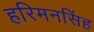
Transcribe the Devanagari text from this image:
हरिमनसिंह